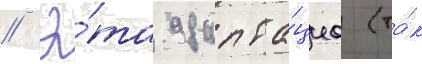
// Э́та адапта́циа (та́к